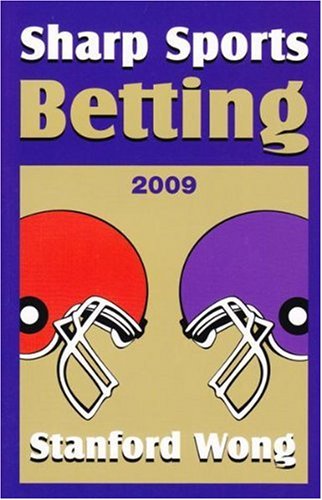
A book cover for Sharp Sports Betting; Stanford Wong; Humor & Entertainment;